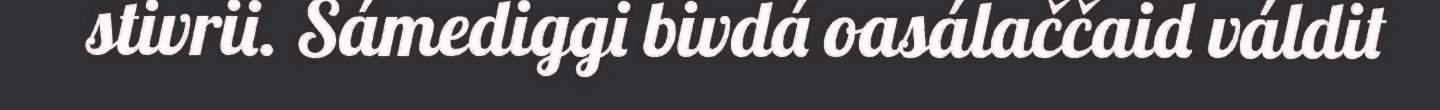
stivrii. Sámediggi bivdá oasálaččaid váldit